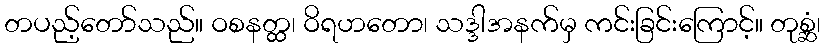
တပည့်တော်သည်။ ဝစနတ္ထ၊ ဝိရဟတော၊ သဒ္ဒါအနက်မှ ကင်းခြင်းကြောင့်။ တုစ္ဆံ၊